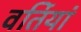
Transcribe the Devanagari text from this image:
वर्तियां